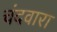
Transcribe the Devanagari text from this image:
चंदवारा